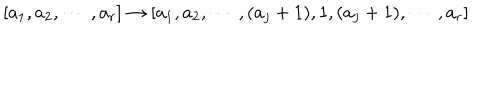
LaTeX: [ a _ { 1 } , a _ { 2 } , \cdots ~ , a _ { r } ] \rightarrow [ a _ { 1 } , a _ { 2 } , \cdots ~ , ( a _ { j } + 1 ) , 1 , ( a _ { j } + 1 ) , \cdots ~ , a _ { r } ]